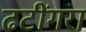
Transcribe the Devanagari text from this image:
ढटींगरा